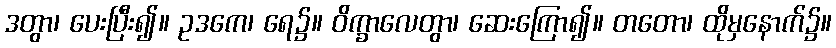
ဒတွာ၊ ပေးပြီး၍။ ဥဒကေ၊ ရေ၌။ ဝိက္ခာလေတွာ၊ ဆေးကြော၍။ တတော၊ ထိုမှနောက်၌။